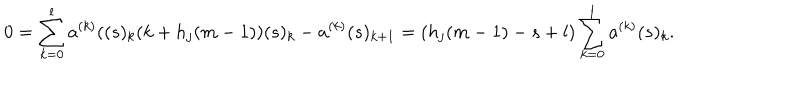
LaTeX: 0 = \sum _ { k = 0 } ^ { l } a ^ { ( k ) } ( ( s ) _ { k } ( k + h _ { j } ( m - 1 ) ) ( s ) _ { k } - a ^ { ( k ) } ( s ) _ { k + 1 } = ( h _ { j } ( m - 1 ) - s + l ) \sum _ { k = 0 } ^ { l } a ^ { ( k ) } ( s ) _ { k } .